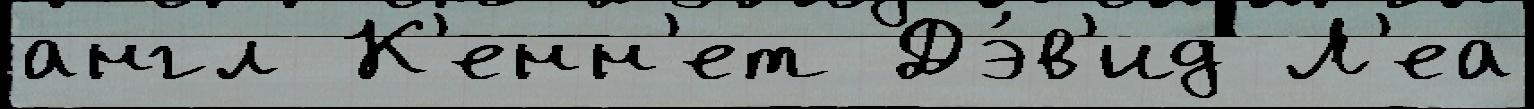
англ К'енн'ет Дэ́в'ид Л'еа